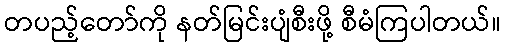
တပည့်တော်ကို နတ်မြင်းပျံစီးဖို့ စီမံကြပါတယ်။